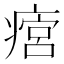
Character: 𤹜